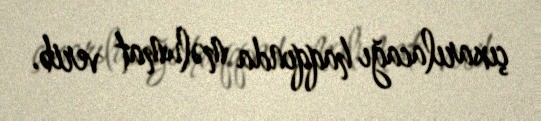
çıxarılacağı haqqında məlumat verib.